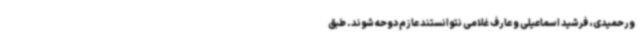
ورحمیدی، فرشید اسماعیلی و عارف غلامی نتوانستند عازم دوحه شوند. طبق